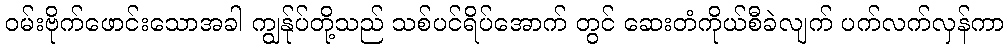
ဝမ်းဗိုက်ဖောင်းသောအခါ ကျွန်ုပ်တို့သည် သစ်ပင်ရိပ်အောက် တွင် ဆေးတံကိုယ်စီခဲလျက် ပက်လက်လှန်ကာ